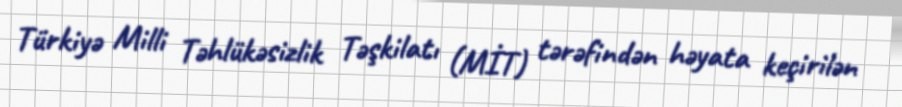
Türkiyə Milli Təhlükəsizlik Təşkilatı (MİT) tərəfindən həyata keçirilən